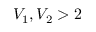
V _ { 1 } , V _ { 2 } > 2